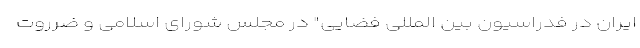
ایران در فدراسیون بین المللی فضایی" در مجلس شورای اسلامی و ضرروت